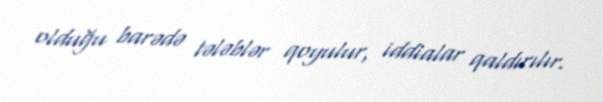
olduğu barədə tələblər qoyulur, iddialar qaldırılır.